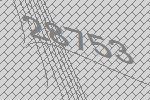
28753